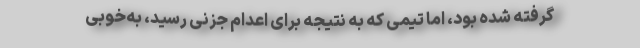
گرفته شده بود، اما تیمی كه به نتیجه برای اعدام جزنی رسید، به‌‌خوبی